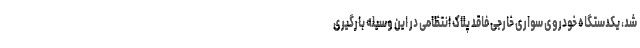
شد، یکدستگاه خودروی سواری خارجی فاقد پلاک انتظامی در این وسیله بارگیری